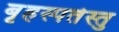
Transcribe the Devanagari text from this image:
बृहस्पतेस्तु